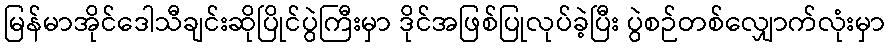
မြန်မာအိုင်ဒေါသီချင်းဆိုပြိုင်ပွဲကြီးမှာ ဒိုင်အဖြစ်ပြုလုပ်ခဲ့ပြီး ပွဲစဉ်တစ်လျှောက်လုံးမှာ